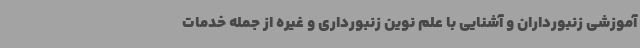
آموزشی زنبورداران و آشنایی با علم نوین زنبورداری و غیره از جمله خدمات